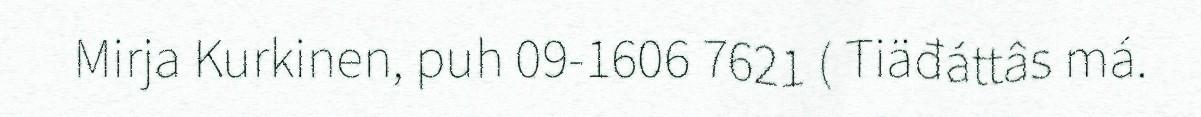
Mirja Kurkinen, puh 09-1606 7621 ( Tiäđáttâs má.